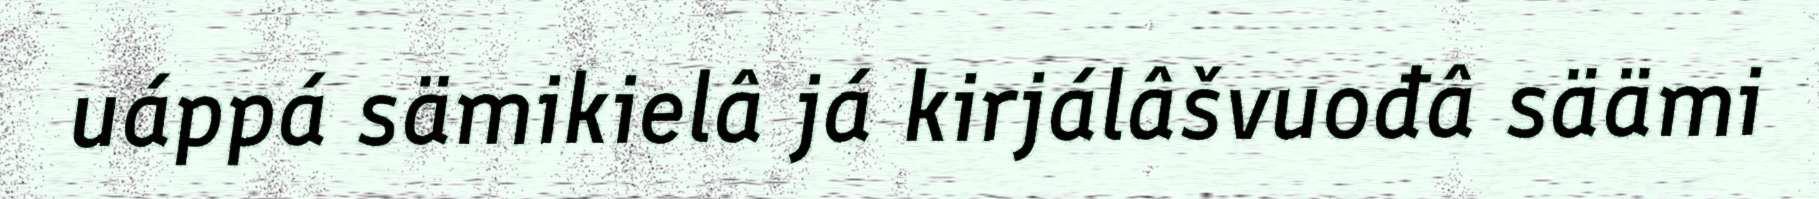
uáppá sämikielâ já kirjálâšvuođâ säämi